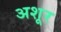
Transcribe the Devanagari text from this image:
अशूर